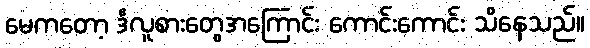
မေကတော့ ဒီလူစားတွေအကြောင်း ကောင်းကောင်း သိနေသည်။